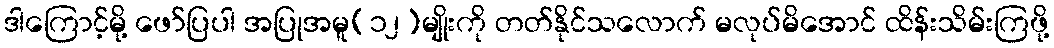
ဒါကြောင့်မို့ ဖော်ပြပါ အပြုအမူ(၁၂)မျိုးကို တတ်နိုင်သလောက် မလုပ်မိအောင် ထိန်းသိမ်းကြဖို့